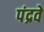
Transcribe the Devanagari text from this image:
पंद्रवें